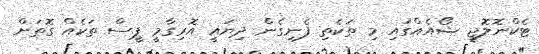
ޓެކްނޮލޮޖީ ޝޯއެއްގައި މި ތަކެތި ފެނިގެން ދިޔައީ އޮރިގާމީ ޕީސް ތަކެއް ގޮތަށް